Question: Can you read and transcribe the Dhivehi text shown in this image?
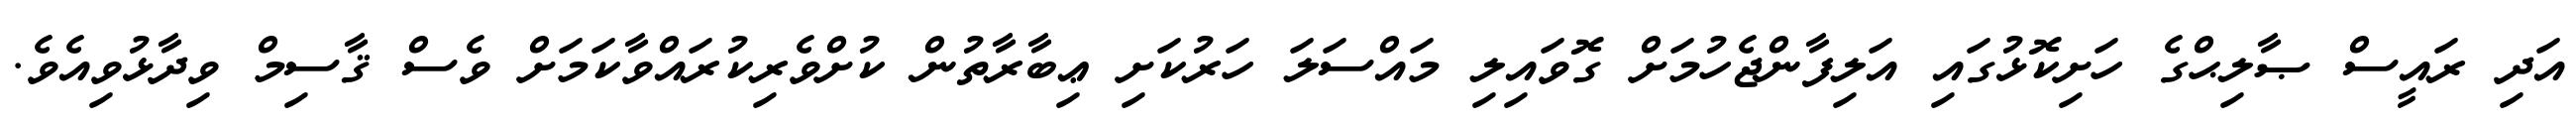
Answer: އަދި ރައީސް ޞާލިޙްގެ ހަށިކޮޅުގައި އަލިފާންޖެހުމަށް ގޮވައިލި މައްސަލަ ހަރުކަށި ޢިބާރާތުން ކުށްވެރިކުރައްވާކަމަށް ވެސް ޤާސިމް ވިދާޅުވިއެވެ.